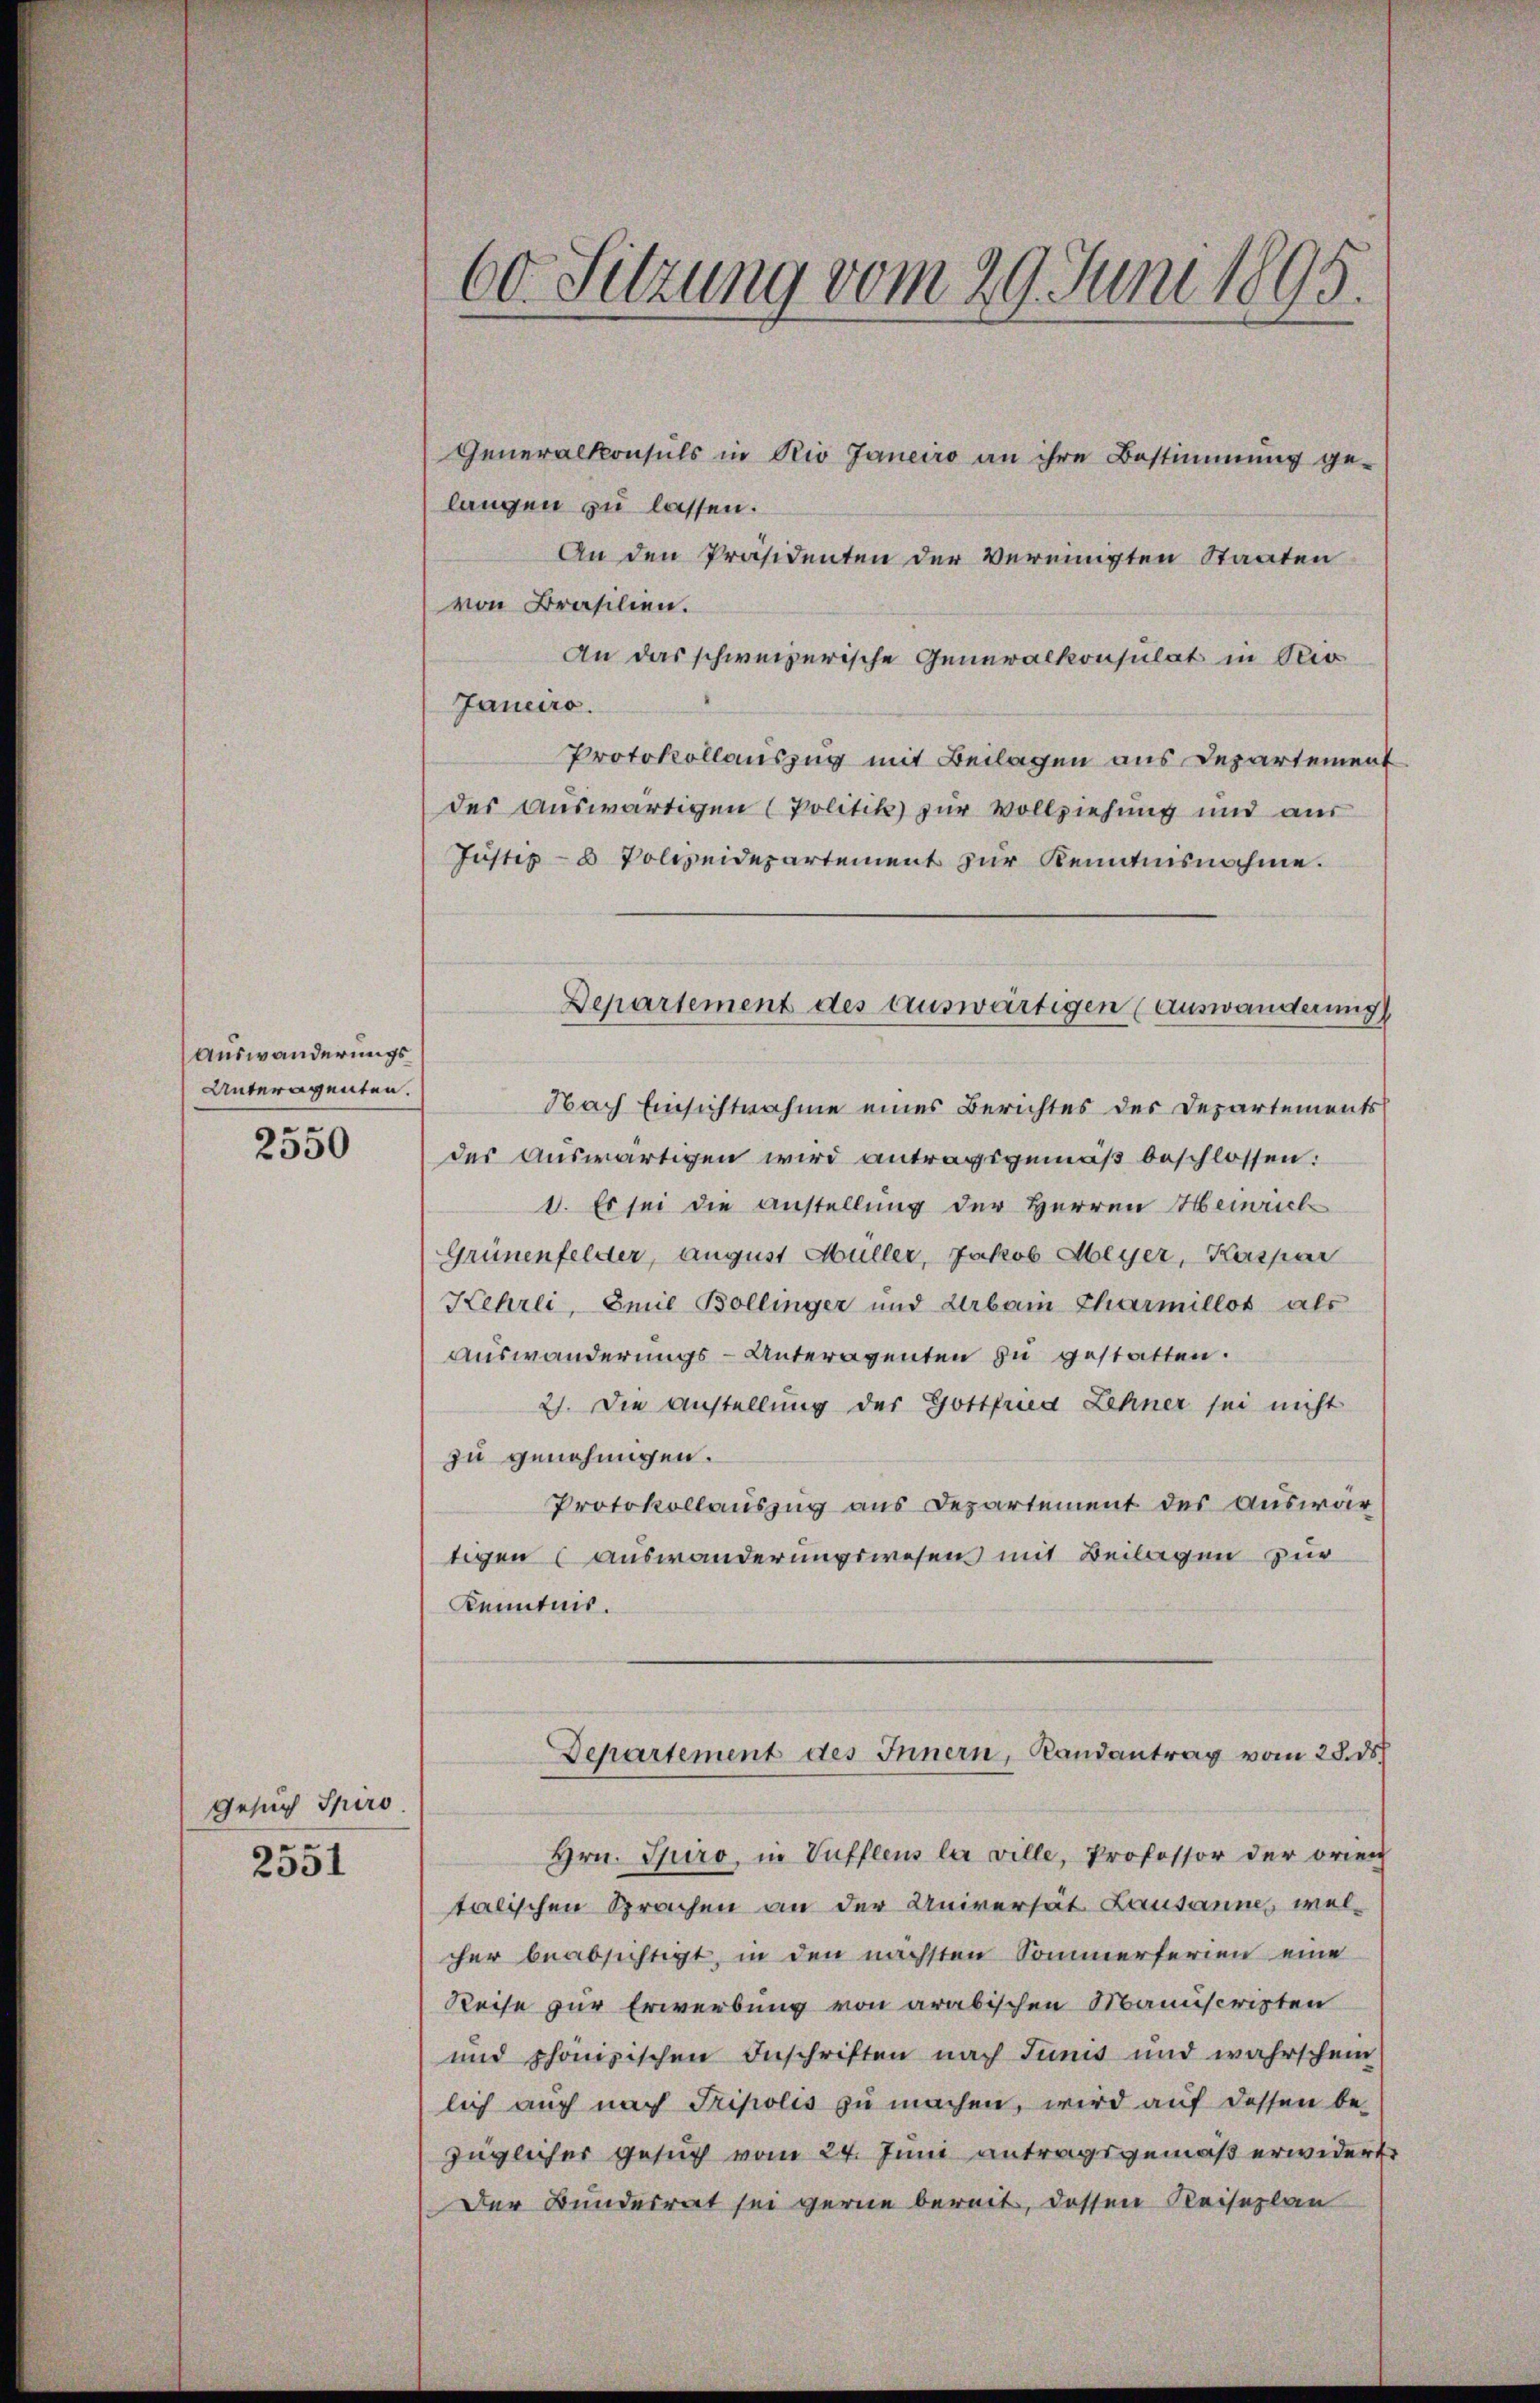
Auswanderungs¬
Unteragenten.

2550

Gesuch Spiro.

2551

60. Sitzung vom 29. Juni 1895.

Generalkonsuls in Rio Janeiro an ihre Bestimmung ge-
langen zu lassen.
An den Präsidenten der Vereinigten Staaten
von Brasilien.
An das schweizerische Generalkonsulat in Sei
Janeiro
Protokollauszug mit Beilagen aus Departement
des auswärtigen (Politik zur Vollziehung und aus
Justiz- & Polizeidepartement zur Kenntnisnahme.
Nach Einsichtnahme eines Berichtes der Departements
des auswärtigen wird antragsgemäß beschlossen:
1. Es sei die anstellung der Herren Heinrich
Grünenfelder, August Müller, Jakob Meyer, Kaspar
Kehrli, Emil Bollinger und Urban Charmellos als
Auswanderungs-Unteragenten zu gestatten.
2). Die Anstellung der Gottfried Lehner sei nicht
zu genehmigen.
Protokollauszug aus Departement des Auswartigen (auswanderungswesens mit Beilagen zur
Kenntnis.
Departement des Innern, Randantrag vom 28. ds.
Hrn. Spiro, in Vuffleus la ville, Professor der orien
talischen Sprachen an der Universät Lausannes welcher beabsichtigt, in den nächsten Sommerferien eine
Reise zur Erwerbung von arabischen Manuscripten
und phonisischen Inschriften nach Junis und wahrschein
lich auch nach Tripolis zu machen, wird auf dessen bezüglicher Gesuch vom 24. Juni antragsgemäß erwidert
Der Bundesrat sei gerne bereit, dessen Reiseplan

Departement des auswärtigen (auswanderung